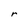
Character: r